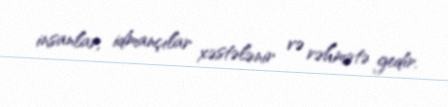
insanlar, idmançılar xəstələnir və rəhmətə gedir.